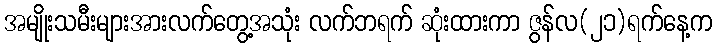
အမျိုးသမီးများအားလက်တွေ့အသုံး လက်ဘရက် ဆုံးထားကာ ဇွန်လ(၂၁)ရက်နေ့က